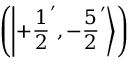
\left( \left| + { \frac { 1 } { 2 } } ^ { \prime } , - { \frac { 5 } { 2 } } ^ { \prime } \right\rangle \right)